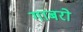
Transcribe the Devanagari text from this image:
गाबरो